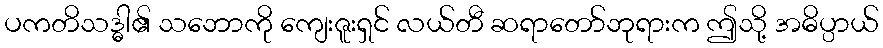
ပကတိသဒ္ဓါ၏ သဘောကို ကျေးဇူးရှင် လယ်တီ ဆရာတော်ဘုရားက ဤသို့ အဓိပ္ပာယ်